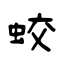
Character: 蛟